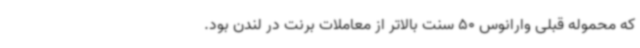
که محموله قبلی وارانوس 50 سنت بالاتر از معاملات برنت در لندن بود.